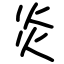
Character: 炎